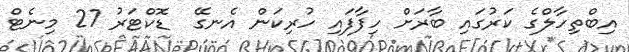
އިބްތިހާލްގެ ކަރުގައި ބާރަށް ހިފާފައި ހުރިކަން އެނގޭ  ޑޮކްޓަރު 27 މިނެޓް